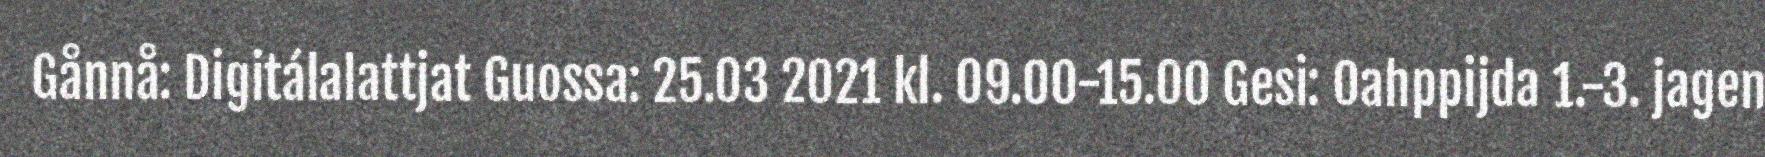
Gånnå: Digitálalattjat Guossa: 25.03 2021 kl. 09.00-15.00 Gesi: Oahppijda 1.-3. jagen